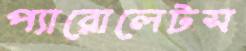
প্যারোলেটস